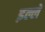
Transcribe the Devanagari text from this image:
इल्ले